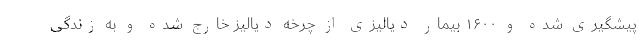
پیشگیری شده و ۱۶۰۰ بیمار دیالیزی از چرخه دیالیز خارج شده و به زندگی